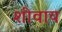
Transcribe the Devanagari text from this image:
शीवाय